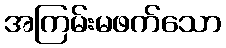
အကြမ်းမဖက်သော